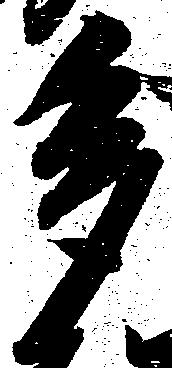
多